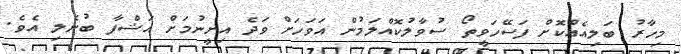
މިހާރު ބަލިއެއްކޮށް ފަސޭހަވީތޯ ސުވާލުކޮއްލަމުން އަވަހަށް ވަދެ އިށީނުމަށް އަޝްފާ ބުނެލި އެވެ.